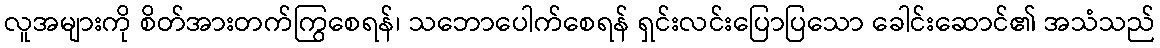
လူအများကို စိတ်အားတက်ကြွစေရန်၊ သဘောပေါက်စေရန် ရှင်းလင်းပြောပြသော ခေါင်းဆောင်၏ အသံသည်